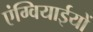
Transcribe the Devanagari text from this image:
एंग्वियाईयों